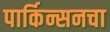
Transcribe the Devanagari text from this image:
पार्किन्सनचा